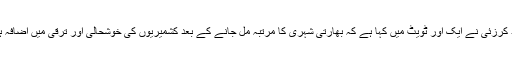
حامد کرزئی نے ایک اور ٹویٹ میں کہا ہے کہ بھارتی شہری کا مرتبہ مل جانے کے بعد کشمیریوں کی خوشحالی اور ترقی میں اضافہ ہو گا۔